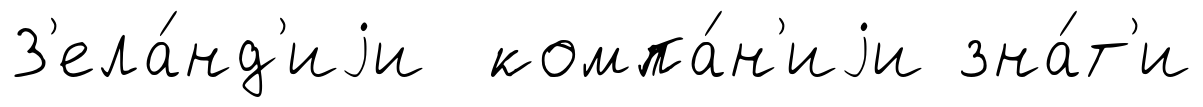
З'ела́нд'иjи компа́н'иjи зна́т'и